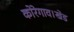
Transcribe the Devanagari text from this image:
कोरेगाव।खेड